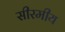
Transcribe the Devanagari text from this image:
सीरमीय